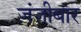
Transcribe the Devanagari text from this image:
ज़ंजीबार